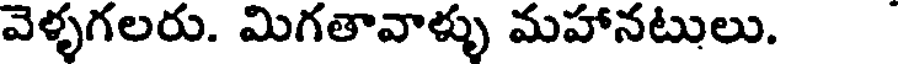
వెళ్ళగలరు. మిగతావాళ్ళు మహానటులు.